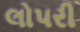
લોપરી